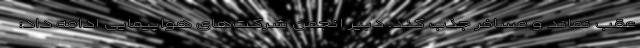
عقب نماند و مسافر جذب کند. دبیر انجمن شرکت‌های هواپیمایی ادامه داد: